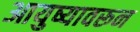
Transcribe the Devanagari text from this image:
आयुष्यावरून